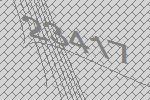
23417